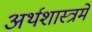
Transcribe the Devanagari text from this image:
अर्थशास्त्रमें